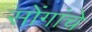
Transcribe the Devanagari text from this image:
सोंगांचे